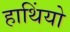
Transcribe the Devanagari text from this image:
हाथिंयो